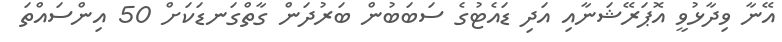
އޭނާ ވިދާޅުވީ އޮޕަރޭޝަނާއި އަދި ޑައެޓުގެ ސަބަބުން ބަރުދަން ގާތްގަނޑަކަށް 50 އިންސައްތަ